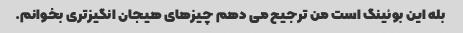
بله این بوئینگ است من ترجیح می دهم چیزهای هیجان انگیزتری بخوانم.